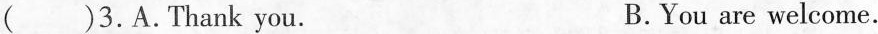
()3.A.Thank you. B.You are welcome.